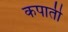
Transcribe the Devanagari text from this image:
कपाती